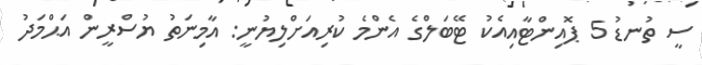
ސީ ތުނޑު 5 ޕޮއިންޓާއިއެކު ޓޭބަލްގެ އެންމެ ކުރިއަށްލިޔުނީ: އާމިނަތު ޔުސްރީން އަޙްމަދު